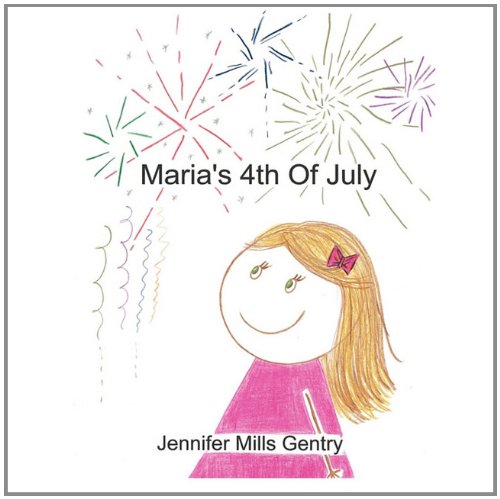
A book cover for Maria's 4th of July; Jennifer Mills Gentry; Children's Books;